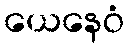
ယေနေဝံ